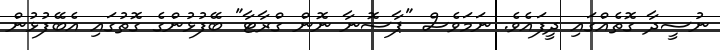
ނުސީދާ ގޮތެއްގައި ދީފައެވެ. ނަމަވެސް "ޕާސޮނާ ނޮން ގްރާޓާ" ބޭފުޅުންގެ ގޮތުގައި އެބޭފުޅުން